Report on enteric fever
Disease focus: Fever
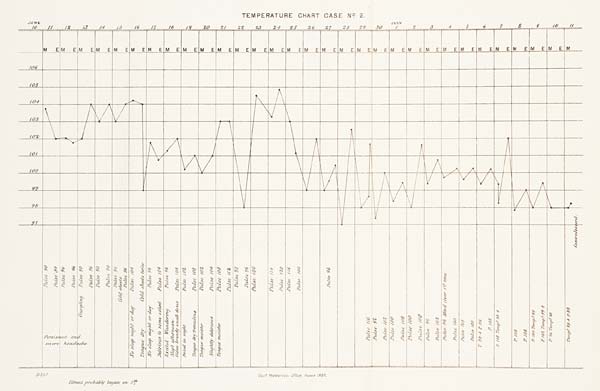
TEMPERATURE CHART CASE No. 2.
B357 Govt. Photozinc: Office, Poona 1883.
Illness probably began on 5 th